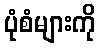
ပုံစံများကို